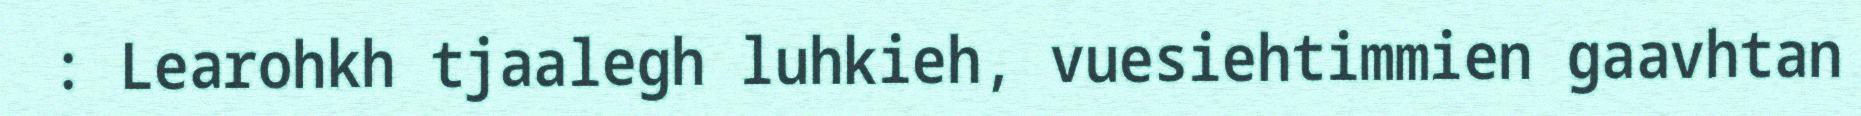
: Learohkh tjaalegh luhkieh, vuesiehtimmien gaavhtan